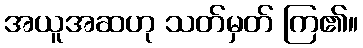
အယူအဆဟု သတ်မှတ် ကြ၏။